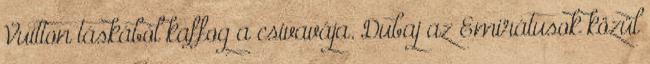
Vuitton táskából kaffog a csivavája. Dubaj az Emirátusok közül